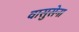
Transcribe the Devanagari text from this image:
वासुसेना